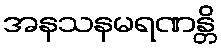
အနသနမရဏန္တိ